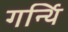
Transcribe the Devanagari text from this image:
गर्न्थि